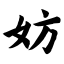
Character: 妨